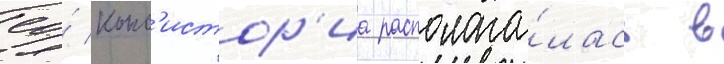
ео́ конс'истор'иа располага́лась в